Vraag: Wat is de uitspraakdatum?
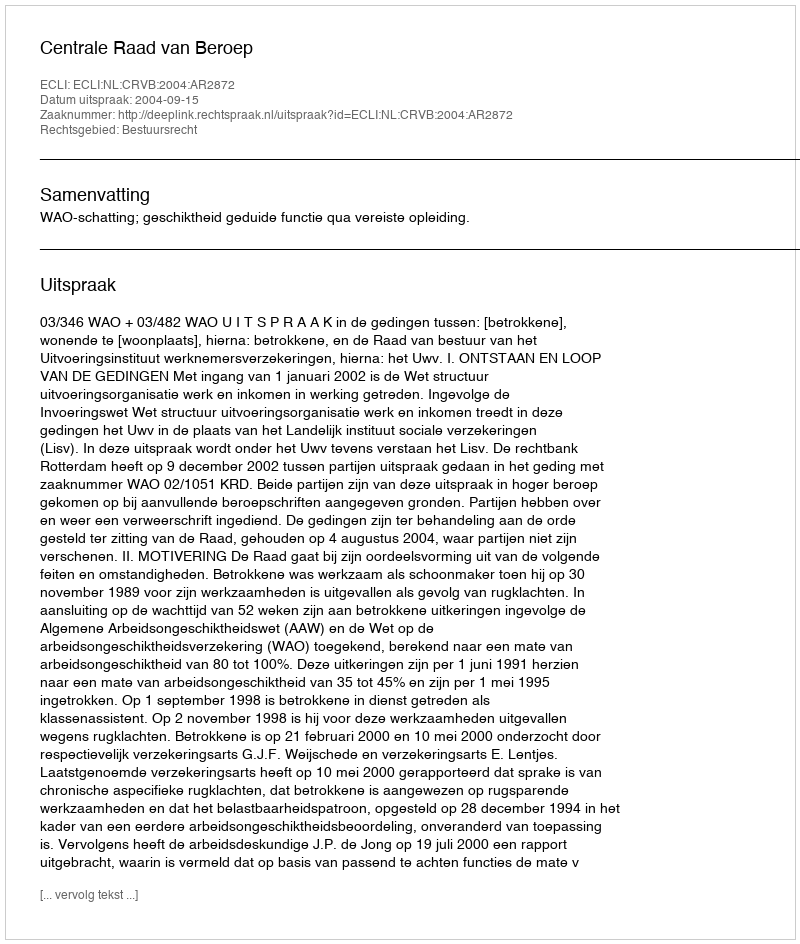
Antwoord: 2004-09-15